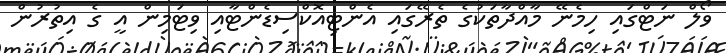
ވޯލް ނަޓްގައި ހިމެނޭ މާއްދާތަކުގެ ތެރޭގައި އެންޓިއޮކްސިޑެންޓާއި ވިޓަމިން އީ ގެ އިތުރުން